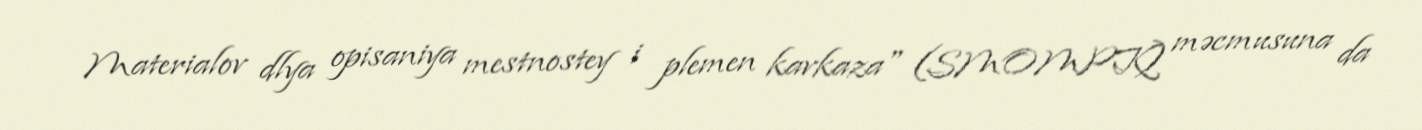
Materialov dlya opisaniya mestnostey i plemen kavkaza" (SMOMPK) məcmusuna da